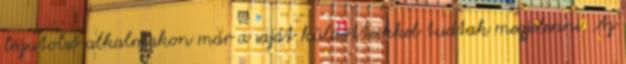
legutolsó alkalmakon már a saját küldötteikkel tudtak megjelenni. Az